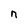
Character: n